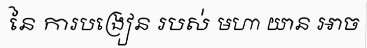
នៃ ការបង្រៀន របស់ មហា យាន អាច